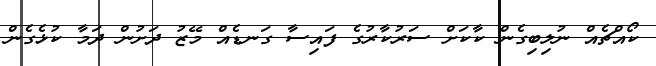
ކޯއްޗެެއް ނުލިބިގެން ކާކަށް ސަރުކާރުގެ ފައިސާ ގަނޑެއް މޭޒު ދަށުން ދަމާ ކުޅެގެން